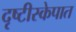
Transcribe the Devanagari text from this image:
दृष्टीस्केपात